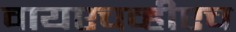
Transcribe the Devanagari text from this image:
वायएचव्हीएच